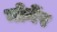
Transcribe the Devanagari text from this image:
मोर्नेर